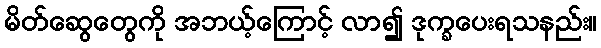
မိတ်ဆွေတွေကို အဘယ့်ကြောင့် လာ၍ ဒုက္ခပေးရသနည်း။